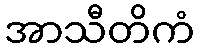
အာသီတိကံ